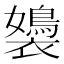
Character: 𧞡